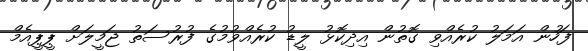
ފަހުން އަމަލު ކުރެއްވި ގޮތުން އިދިކޮޅު ލީޑު ކުރެއްވުމުގެ ފުުރުސަތު ޖަމީލަށް ޕީޕީއެމް